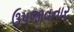
ઉપજાવનાર